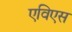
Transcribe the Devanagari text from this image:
एविएस